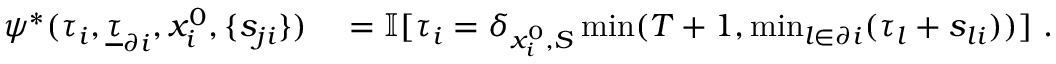
\begin{array} { r l } { \psi ^ { * } ( \tau _ { i } , \underline { { \tau } } _ { \partial i } , x _ { i } ^ { 0 } , \{ s _ { j i } \} ) } & { { } = \mathbb { I } [ \tau _ { i } = \delta _ { x _ { i } ^ { 0 } , S } \operatorname* { m i n } ( T + 1 , \operatorname* { m i n } _ { l \in \partial i } ( \tau _ { l } + s _ { l i } ) ) ] \ . } \end{array}